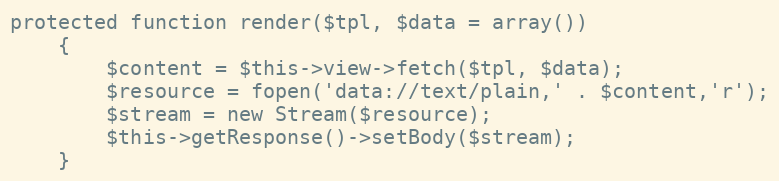
Language: PHP
protected function render($tpl, $data = array())
    {
        $content = $this->view->fetch($tpl, $data);
        $resource = fopen('data://text/plain,' . $content,'r');
        $stream = new Stream($resource);
        $this->getResponse()->setBody($stream);
    }